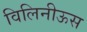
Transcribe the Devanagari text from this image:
विलिनीऊस